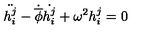
\ddot { h _ { i } ^ { j } } - \dot { \overline { { \phi } } } \dot { h _ { i } ^ { j } } + \omega ^ { 2 } h _ { i } ^ { j } = 0